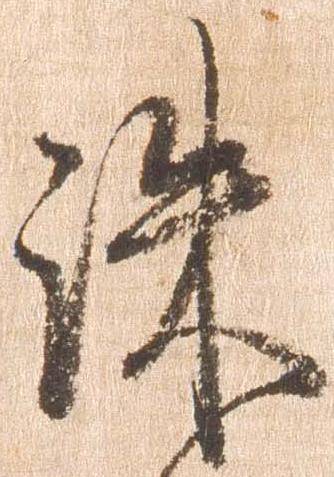
誅